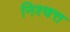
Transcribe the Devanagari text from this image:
निश्चत्त